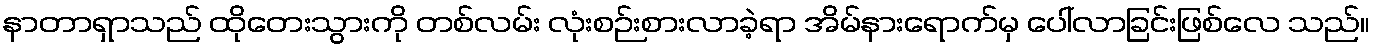
နာတာရှာသည် ထိုတေးသွားကို တစ်လမ်း လုံးစဉ်းစားလာခဲ့ရာ အိမ်နားရောက်မှ ပေါ်လာခြင်းဖြစ်လေ သည်။